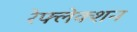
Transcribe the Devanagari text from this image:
रेफ्लेक्शन